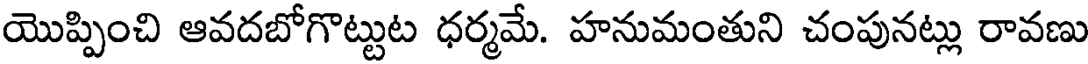
యొప్పించి ఆవదబోగొట్టుట ధర్మమే. హనుమంతుని చంపునట్లు రావణు